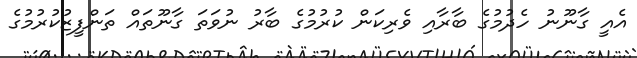
އެއީ ގާނޫނު ހެދުމުގެ ބާރާއި ވެރިކަން ކުރުމުގެ ބާރު ނުވަތަ ގާނޫތައް ތަންފީޒުކުރުމުގެ